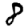
Digit: 8